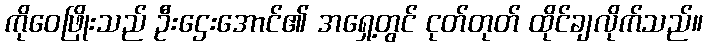
ကိုဝေဖြိုးသည် ဦးဌေးအောင်၏ အရှေ့တွင် ငုတ်တုတ် ထိုင်ချလိုက်သည်။